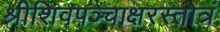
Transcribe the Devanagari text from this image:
श्रीशिवपञ्चाक्षरस्तोत्रं